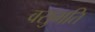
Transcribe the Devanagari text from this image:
वसुमति